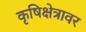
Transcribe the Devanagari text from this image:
कृषिक्षेत्रावर